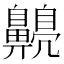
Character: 𪕿